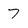
Character: 7